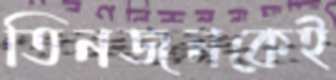
তিনজনকেই